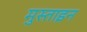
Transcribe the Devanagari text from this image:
मुस्ताइन